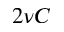
2 \nu C